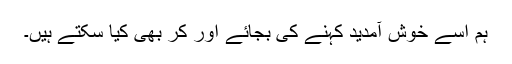
ہم اسے خوش آمدید کہنے کی بجائے اور کر بھی کیا سکتے ہیں۔